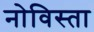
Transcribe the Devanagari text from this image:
नोविस्ता